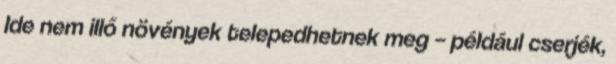
Ide nem illő növények telepedhetnek meg – például cserjék,